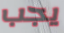
يجب